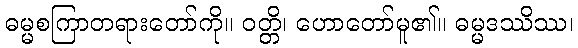
ဓမ္မစကြာတရားတော်ကို။ ဝတ္တိ၊ ဟောတော်မူ၏။ ဓမ္မဒဿိဿ၊